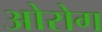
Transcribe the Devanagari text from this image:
ओरोग